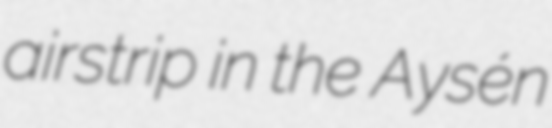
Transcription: airstrip in the Aysén